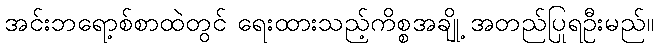
အင်းဘရော့စ်စာထဲတွင် ရေးထားသည့်ကိစ္စအချို့ အတည်ပြုရဦးမည်။